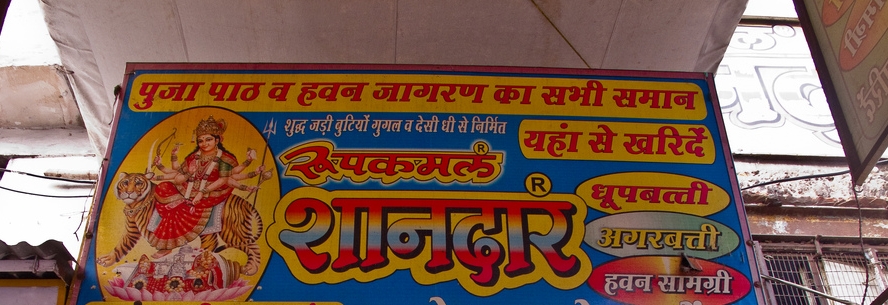
Language: hindi
Transcription: सामग्री अगरबत्ती धूपबत्ती खरिदें रूपकमल निर्मित बुटियों शानदार से से घी देसी गुगल सभी का हवन व पुजा पाठ शुध्द जागरण यहां समान हवन